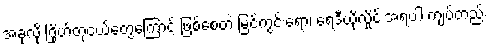
အခုလို ဂြိုဟ်တုငယ်တွေကြောင့် ဖြစ်စေတဲ့ မြင်ကွင်းရော၊ ရေဒီယိုလှိုင်းအရပါ ကျပ်တည်း